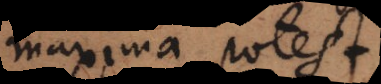
maxima pote